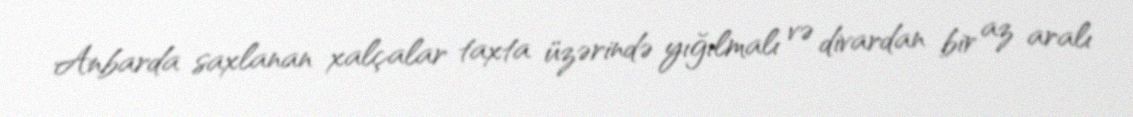
Anbarda saxlanan xalçalar taxta üzərində yığılmalı və divardan bir az aralı